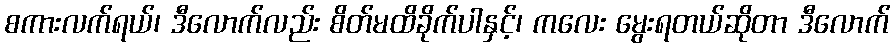
စကားလက်ရယ်၊ ဒီလောက်လည်း စိတ်မထိခိုက်ပါနှင့်၊ ကလေး မွေးရတယ်ဆိုတာ ဒီလောက်